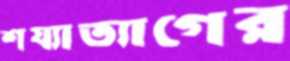
শয্যাত্যাগের